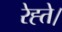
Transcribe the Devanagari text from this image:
रेह्ते।